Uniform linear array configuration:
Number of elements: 4
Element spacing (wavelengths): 0.5
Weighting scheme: cosine
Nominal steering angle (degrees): -60
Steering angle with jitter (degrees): -59.428
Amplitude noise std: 0.05
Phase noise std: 0.05

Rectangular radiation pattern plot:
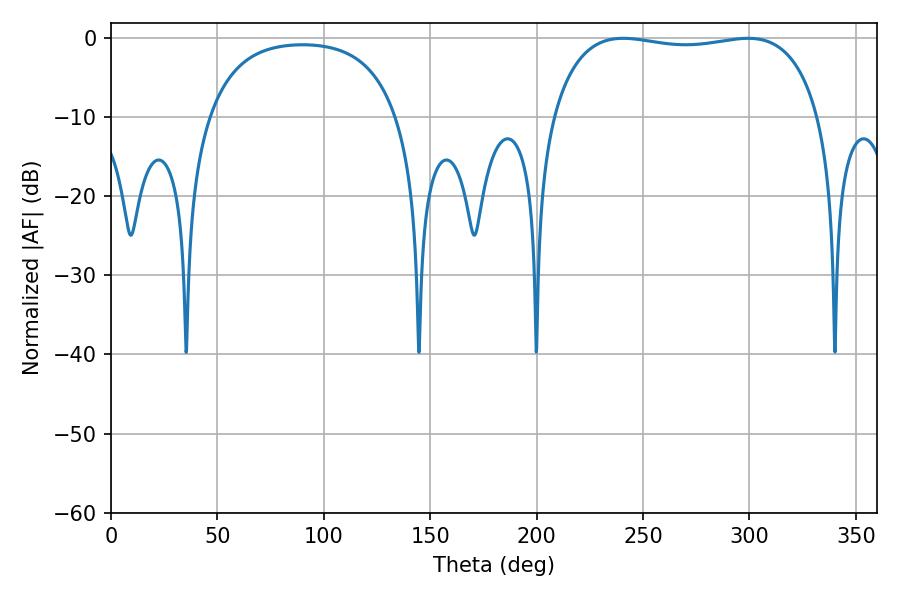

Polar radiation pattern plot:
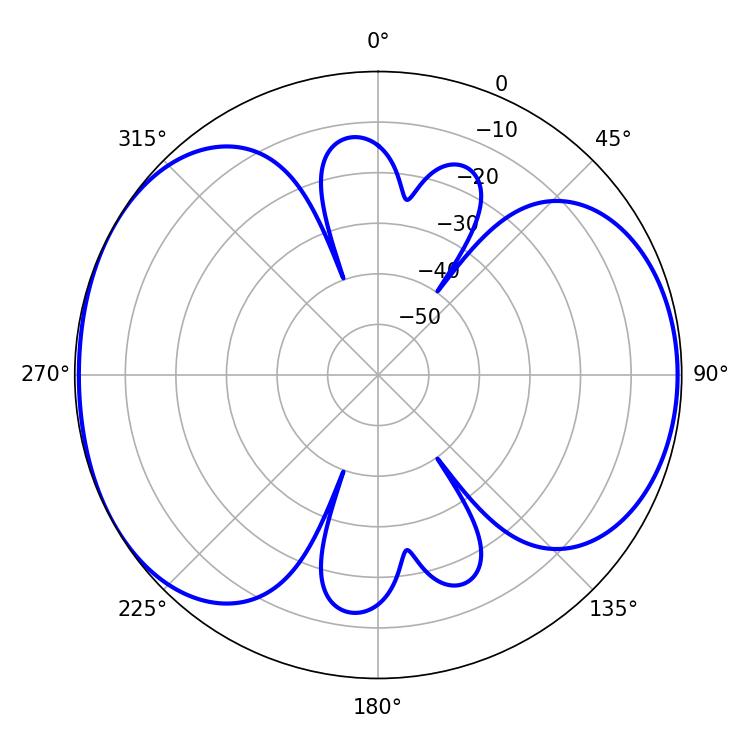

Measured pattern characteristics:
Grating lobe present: FALSE
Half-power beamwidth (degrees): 101.16
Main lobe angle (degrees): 299.34